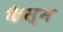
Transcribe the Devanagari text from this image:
कैस्म